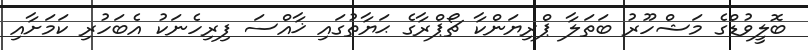
ބޮލީވުޑްގެ މަޝްހޫރު ބަތަލާ ޕްރިޔަންކާ ޗޯޕްރާގެ ޙަޔާތުގައި ޚާއްސަ ފިރިހެނަކު އެބަހުރި ކަމަށާއި